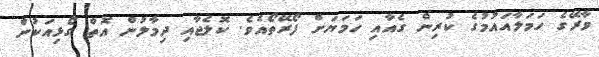
ވާރޭގެ ހަމަލާއައުމުގެ ކުރިން ގެއާއި ހަމަޔަށް ފޯރޭތޯއެވެ. ކޮލެޖާއި ދިމާލުން އޮތް ގޯޅިއަކުން